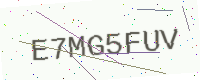
Text: E7MG5FUV